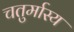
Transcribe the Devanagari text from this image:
चतुर्मास्य